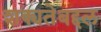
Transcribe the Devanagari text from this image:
शक्यतेबद्दल